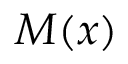
M ( x )